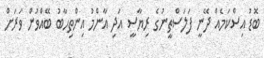
ބޮޑު އިސްކަމެއް ދޭނީ ފަލަސްތީނުގެ ރިޔާސީ އަދި އާންމު އިންތިހާބު ބޭއްވުން ވަރަށް